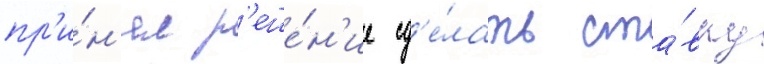
пр'и́н'ял р'еше́н'ие сд'е́лать ста́вку